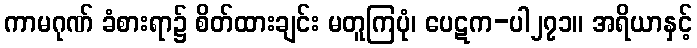
ကာမဂုဏ် ခံစားရာ၌ စိတ်ထားချင်း မတူကြပုံ၊ ပေဋက-ပါ၂၇၁။ အရိယာနှင့်